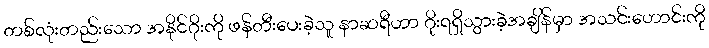
တစ်လုံးတည်းသော အနိုင်ဂိုးကို ဖန်တီးပေးခဲ့သူ နာဆရီဟာ ဂိုးရရှိသွားခဲ့အချိန်မှာ အသင်းဟောင်းကို